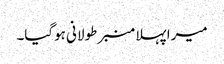
میرا پہلا منبر طولانی ہوگیا۔